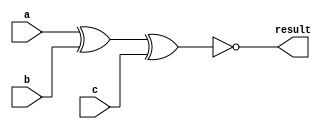
`timescale 1ns / 1ps
//////////////////////////////////////////////////////////////////////////////////
// Company: 
// Engineer: 
// 
// Design Name: 
// Module Name:    simple_xnor 
// Project Name: 
// Target Devices: 
// Tool versions: 
// Description: 
//
// Dependencies: 
//
// Revision: 
// Revision 0.01 - File Created
// Additional Comments: 
//
//////////////////////////////////////////////////////////////////////////////////
module simple_xnor(a,b,c,result);
    input a,b,c;
    output result;
    xnor(result, a,b,c);
endmodule